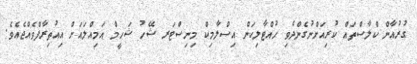
ގުރުއާން ކްލާސްތައް ކުރިއަށްނުގެންދެވި ހުއްޓާލިކަން އިސްލާމިކް މިނިސްޓަރ ޝޭހު ޝަހީމް އަމިއްލައަށް އިއުތިރާފްވެއްޖެއެވެ.